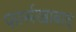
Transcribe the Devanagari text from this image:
फार्रूखाबाद